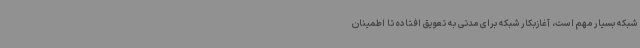
شبکه بسیار مهم است، آغازبکار شبکه برای مدتی به تعویق افتاده تا اطمینان